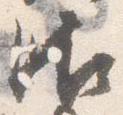
御